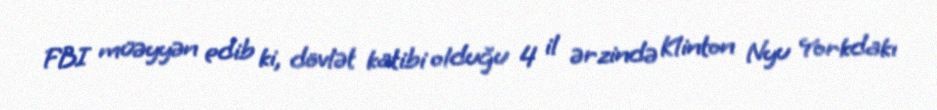
FBI müəyyən edib ki, dövlət katibi olduğu 4 il ərzində Klinton Nyu Yorkdakı